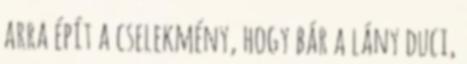
arra épít a cselekmény, hogy bár a lány duci,